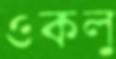
ওকলু